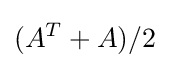
(A^{T}+A)/2